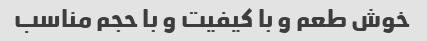
خوش طعم و با کیفیت و با حجم مناسب